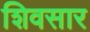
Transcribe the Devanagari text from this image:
शिवसार